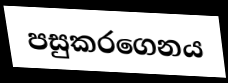
පසුකරගෙනය